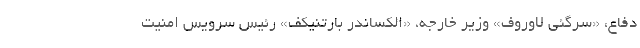
دفاع، «سرگئی لاوروف» وزیر خارجه، «الکساندر بارتنیکف» رئیس سرویس امنیت